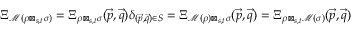
\Xi _ { \mathcal M ( \rho \boxtimes _ { s , t } \sigma ) } = \Xi _ { \rho \boxtimes _ { s , t } \sigma } ( \vec { p } , \vec { q } ) \delta _ { ( \vec { p } , \vec { q } ) \in S } = \Xi _ { \mathcal M ( \rho ) \boxtimes _ { s , t } \sigma } ( \vec { p } , \vec { q } ) = \Xi _ { \rho \boxtimes _ { s , t } \mathcal M ( \sigma ) } ( \vec { p } , \vec { q } )